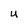
Character: u